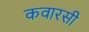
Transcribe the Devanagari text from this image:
कवारसी